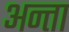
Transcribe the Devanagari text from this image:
अन्ता